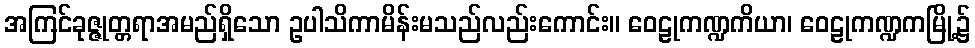
အကြင်ခုဇ္ဇုတ္တရာအမည်ရှိသော ဥပါသိကာမိန်းမသည်လည်းကောင်း။ ဝေဠုကဏ္ဍကိယာ၊ ဝေဠုကဏ္ဍကမြို့၌